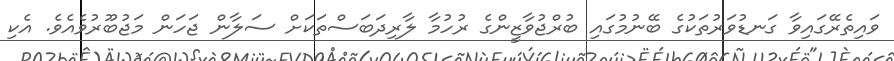
ވައިތެރޭގައިވާ ގަނޑުވަރުތަކުގެ ބޭނުމުގައި ބުރްޖުވާޒީންގެ ރުހުމާ ލާރިދަބަސްތަކަށް ސަލާން ޖަހަން މަޖުބޫރުވެއެވެ. އެކި